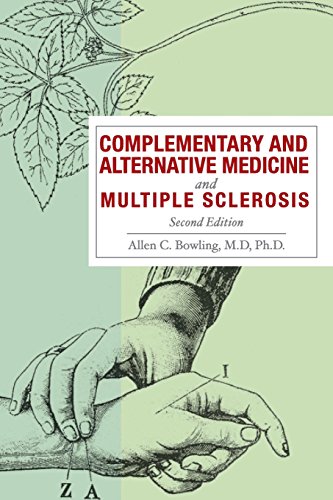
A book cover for Complementary and Alternative Medicine and Multiple Sclerosis; Allen C. Bowling MD  PhD; Health, Fitness & Dieting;